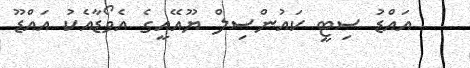
އައްޑު ސިޓީ ކައުންސިލް ޔޫއޭއީގެ އެވޯޑާއެކު އައްޑޫ